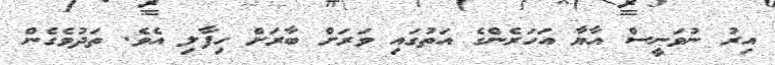
އިރު ނުވަނީސް އާޔާ އަހަރެންގެ އަތުގައި ވަރަށް ބާރަށް ހިފާލި އެވެ. ތަދުވެގެން